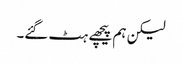
لیکن ہم پیچھے ہٹ گئے۔